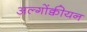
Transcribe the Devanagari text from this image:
अल्गोंक्वीयन